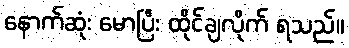
နောက်ဆုံး မောပြီး ထိုင်ချလိုက် ရသည်။